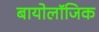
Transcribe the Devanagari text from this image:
बायोलॉजिक